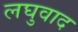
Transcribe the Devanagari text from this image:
लघुवाद